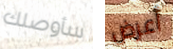
سأوصلك أعرض